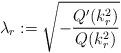
LaTeX: \begin{align*}\lambda_{r}:=\sqrt{-\frac{Q'(k_r^2)}{Q(k_r^2)}}\end{align*}